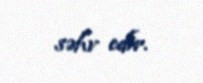
səhv edir.